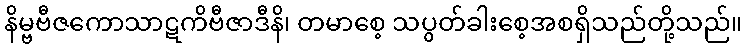
နိမ္ဗဗီဇကောသာဋကိဗီဇာဒီနိ၊ တမာစေ့ သပွတ်ခါးစေ့အစရှိသည်တို့သည်။